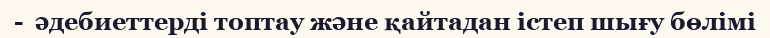
-  әдебиеттерді топтау және қайтадан істеп шығу бөлімі